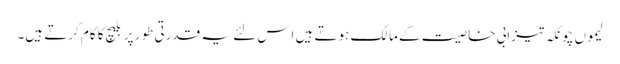
لیموں چونکہ تیزابی خاصیت کے مالک ہوتے ہیں اِس لئے یہ قدرتی طور پر بلیچ کا کام کرتے ہیں۔